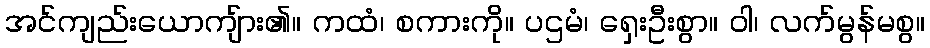
အင်ကျည်းယောကျ်ား၏။ ကထံ၊ စကားကို။ ပဌမံ၊ ရှေးဦးစွာ။ ဝါ၊ လက်မွန်မစွ။